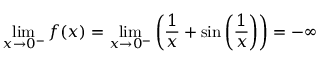
\operatorname* { l i m } _ { x \to 0 ^ { - } } f ( x ) = \operatorname* { l i m } _ { x \to 0 ^ { - } } \left( { \frac { 1 } { x } } + \sin \left( { \frac { 1 } { x } } \right) \right) = - \infty